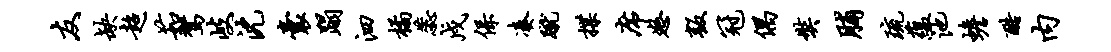
友缺超茹驾岐沈囊蹋泗橘蕊戍保凑蹴揲席怒叛冠偶奘脯琉蕴池蟾酷内